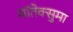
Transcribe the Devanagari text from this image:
मॉतेक्सुमा